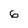
Character: 6